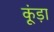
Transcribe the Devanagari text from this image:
कूंड़ा